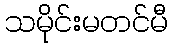
သမိုင်းမတင်မီ